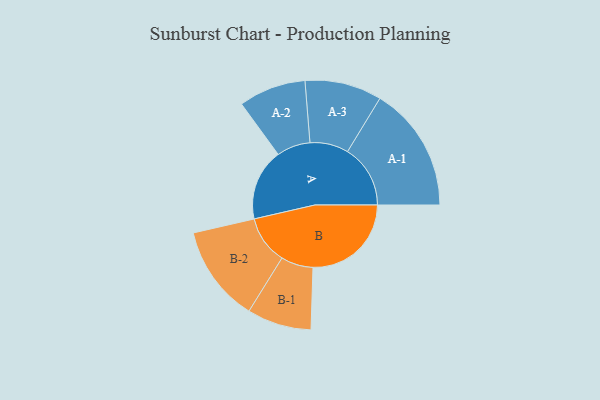
{"axis": {"x": "Segment", "y": "Value"}, "legend": ["", "A", "B"], "data": [{"x": "A", "y": 238, "type": ""}, {"x": "B", "y": 327, "type": ""}, {"x": "A-1", "y": 209, "type": "A"}, {"x": "A-2", "y": 112, "type": "A"}, {"x": "A-3", "y": 128, "type": "A"}, {"x": "B-1", "y": 107, "type": "B"}, {"x": "B-2", "y": 161, "type": "B"}]}